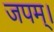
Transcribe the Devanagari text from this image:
जपम्‌।